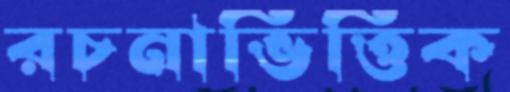
রচনাভিত্তিক